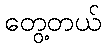
တွေ့တယ်